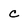
Character: c